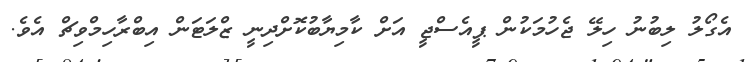
އެގޯލު ލިބުނު ހިލޭ ޖެހުމަކުން ޕީއެސްޖީ އަށް ކާމިޔާބުކޮށްދިނީ ޒްލަޓަން އިބްރާހިމްވިޗް އެވެ.